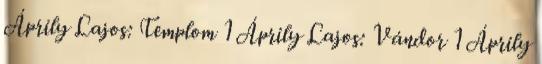
Áprily Lajos: Templom 1 Áprily Lajos: Vándor 1 Áprily